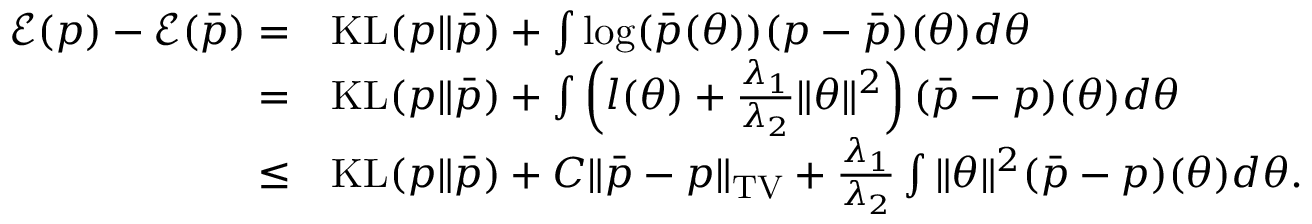
\begin{array} { r l } { \mathcal { E } ( p ) - \mathcal { E } ( \Bar { p } ) = } & { \mathrm { K L } ( p \| \Bar { p } ) + \int \log ( \Bar { p } ( \theta ) ) ( p - \Bar { p } ) ( \theta ) d \theta } \\ { = } & { \mathrm { K L } ( p \| \Bar { p } ) + \int \left( l ( \theta ) + \frac { \lambda _ { 1 } } { \lambda _ { 2 } } \| \theta \| ^ { 2 } \right) ( \Bar { p } - p ) ( \theta ) d \theta } \\ { \leq } & { \mathrm { K L } ( p \| \Bar { p } ) + C \| \Bar { p } - p \| _ { \mathrm { T V } } + \frac { \lambda _ { 1 } } { \lambda _ { 2 } } \int \| \theta \| ^ { 2 } ( \Bar { p } - p ) ( \theta ) d \theta . } \end{array}